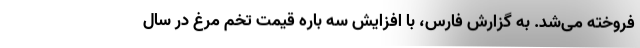
فروخته می‌شد. به گزارش فارس، با افزایش سه باره قیمت تخم مرغ در سال